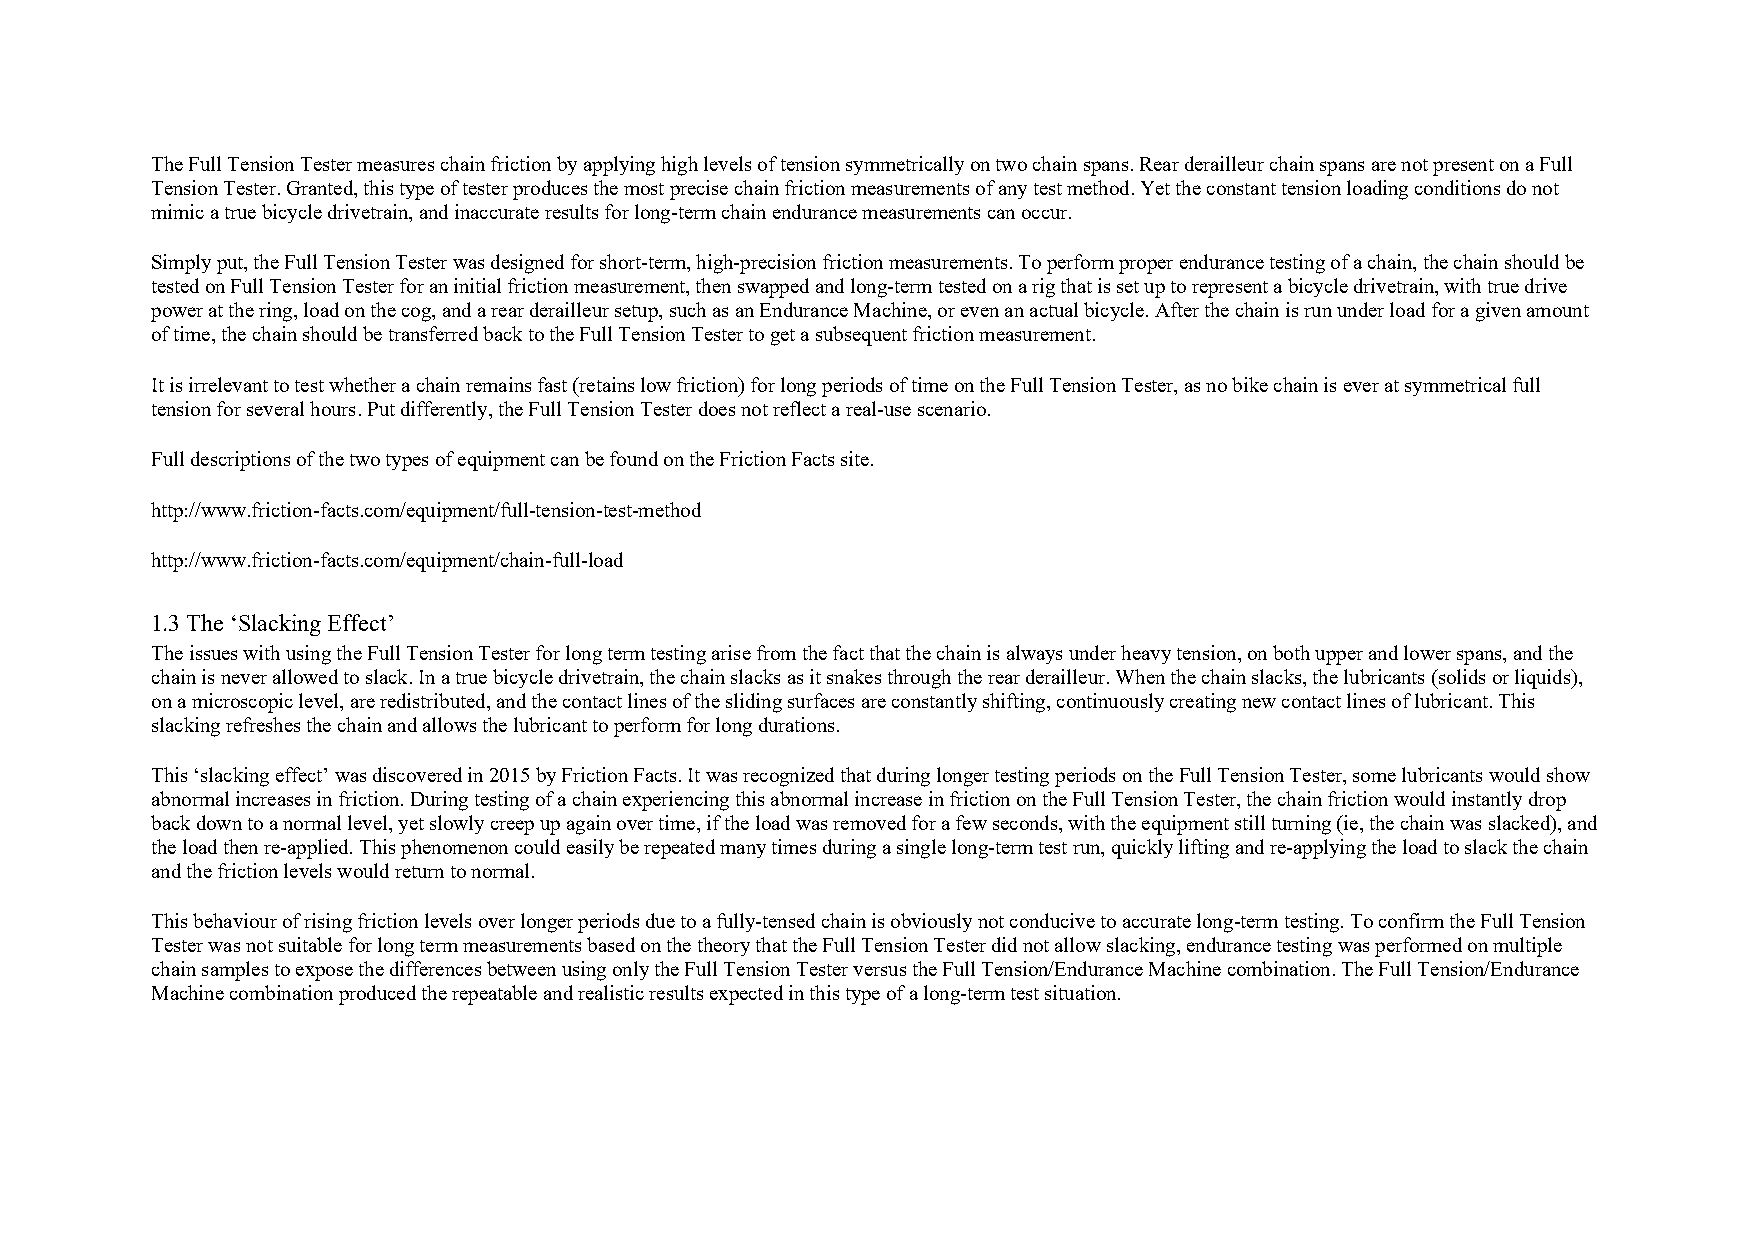
The Full Tension Tester measures chain friction by applying high levels of tension symmetrically on two chain spans. Rear derailleur chain spans are not present on a Full
 Tension Tester. Granted, this type of tester produces the most precise chain friction measurements of any test method. Yet the constant tension loading conditions do not
 mimic a true bicycle drivetrain, and inaccurate results for long-term chain endurance measurements can occur.
 Simply put, the Full Tension Tester was designed for short-term, high-precision friction measurements. To perform proper endurance testing of a chain, the chain should be
 tested on Full Tension Tester for an initial friction measurement, then swapped and long-term tested on a rig that is set up to represent a bicycle drivetrain, with true drive
 power at the ring, load on the cog, and a rear derailleur setup, such as an Endurance Machine, or even an actual bicycle. After the chain is run under load for a given amount
 of time, the chain should be transferred back to the Full Tension Tester to get a subsequent friction measurement.
 It is irrelevant to test whether a chain remains fast (retains low friction) for long periods of time on the Full Tension Tester, as no bike chain is ever at symmetrical full
 tension for several hours. Put differently, the Full Tension Tester does not reflect a real-use scenario.
 Full descriptions of the two types of equipment can be found on the Friction Facts site.
 http://www.friction-facts.com/equipment/full-tension-test-method
 http://www.friction-facts.com/equipment/chain-full-load
 1.3 The ‘Slacking Effect’
 The issues with using the Full Tension Tester for long term testing arise from the fact that the chain is always under heavy tension, on both upper and lower spans, and the
 chain is never allowed to slack. In a true bicycle drivetrain, the chain slacks as it snakes through the rear derailleur. When the chain slacks, the lubricants (solids or liquids),
 on a microscopic level, are redistributed, and the contact lines of the sliding surfaces are constantly shifting, continuously creating new contact lines of lubricant. This
 slacking refreshes the chain and allows the lubricant to perform for long durations.
 This ‘slacking effect’ was discovered in 2015 by Friction Facts. It was recognized that during longer testing periods on the Full Tension Tester, some lubricants would show
 abnormal increases in friction. During testing of a chain experiencing this abnormal increase in friction on the Full Tension Tester, the chain friction would instantly drop
 back down to a normal level, yet slowly creep up again over time, if the load was removed for a few seconds, with the equipment still turning (ie, the chain was slacked), and
 the load then re-applied. This phenomenon could easily be repeated many times during a single long-term test run, quickly lifting and re-applying the load to slack the chain
 and the friction levels would return to normal.
 This behaviour of rising friction levels over longer periods due to a fully-tensed chain is obviously not conducive to accurate long-term testing. To confirm the Full Tension
 Tester was not suitable for long term measurements based on the theory that the Full Tension Tester did not allow slacking, endurance testing was performed on multiple
 chain samples to expose the differences between using only the Full Tension Tester versus the Full Tension/Endurance Machine combination. The Full Tension/Endurance
 Machine combination produced the repeatable and realistic results expected in this type of a long-term test situation.